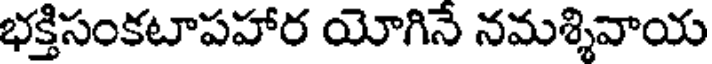
భక్తిసంకటాపహార యోగినే నమశ్శివాయ